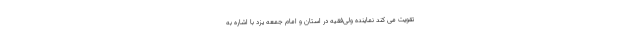
تقویت می کند نماینده ولی‌فقیه در استان و امام جمعه یزد با اشاره به